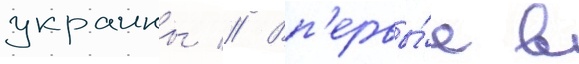
украины // Вп'ервы́е в